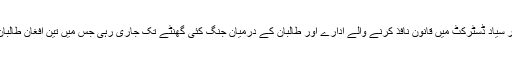
حملے کے بعد جھڑپیں شروع ہوگئیں اور سیاد ڈسٹرکٹ میں قانون نافذ کرنے والے ادارے اور طالبان کے درمیان جنگ کئی گھنٹے تک جاری رہی جس میں تین افغان طالبان کو ہلاک اور کئی کو زخمی کردیا گیا ۔